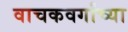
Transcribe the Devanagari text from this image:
वाचकवर्गांच्या